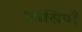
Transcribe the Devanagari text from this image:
आसियाँ